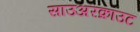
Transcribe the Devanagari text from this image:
साउअरक्राउट